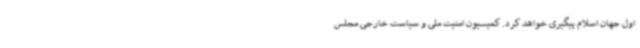
اول جهان اسلام پیگیری خواهد کرد. کمیسیون امنیت ملی و سیاست خارجی مجلس